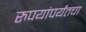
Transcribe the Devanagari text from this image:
रुपयांपर्यंतचा